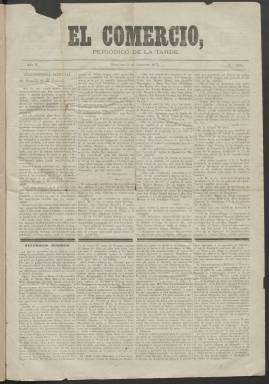
Título: El Comercio (Manila. 1869)
Colección: Periódicos
Ámbito geográfico: Filipinas
Lugar de publicación: Manila
Fechas: 02/06/1875-28/10/1907